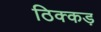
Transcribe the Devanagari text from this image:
ठिक्कड़